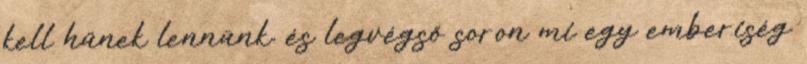
kell hűnek lennünk. és legvégső soron mi egy emberiség